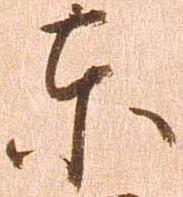
東